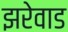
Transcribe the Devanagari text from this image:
झरेवाड